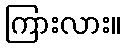
ကြားလား။